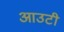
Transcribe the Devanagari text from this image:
आउटी